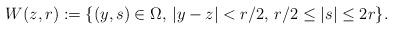
LaTeX: \begin{align*} W(z,r):=\{(y,s)\in \Omega, \, |y-z| < r/2,\, r/2\leq |s|\leq 2r\}.\end{align*}